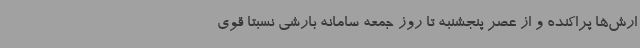
ارش‌ها پراکنده و از عصر پنجشنبه تا روز جمعه سامانه بارشی نسبتا قوی